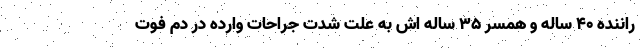
راننده ۴۰ ساله و همسر ۳۵ ساله اش به علت شدت جراحات وارده در دم فوت